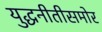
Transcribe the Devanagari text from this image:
युद्धनीतीसमोर